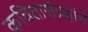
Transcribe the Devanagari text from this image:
कवितासंग्रहांचे